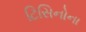
ટિસિનોના